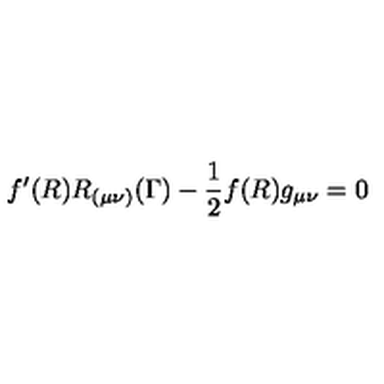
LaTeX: f ^ { \prime } ( R ) R _ { ( \mu \nu ) } ( \Gamma ) - \frac { 1 } { 2 } f ( R ) g _ { \mu \nu } = 0